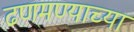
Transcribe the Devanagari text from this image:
ढणमण्याच्या